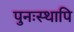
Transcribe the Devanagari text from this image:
पुनःस्थापि